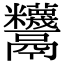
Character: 𩱵